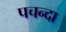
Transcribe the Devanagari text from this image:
पचन्दा